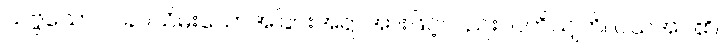
သဗ္ဗသောဝါ၊ ခပ်သိမ်းသောအခြင်းအရာအားဖြင့်လည်း။ ပဟိယျတိ၊ ပယ်အပ်၏။